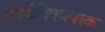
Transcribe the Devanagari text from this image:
वर्ण्यविषयपरक